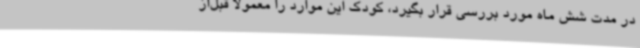
در مدت شش ماه مورد بررسی قرار بگیرد، کودک این موارد را معمولاً قبل‌از